Report of an investigation into the causes of the diseases known in Assam as Kála-Azár and Beri-Beri
Disease focus: Beri-Beri
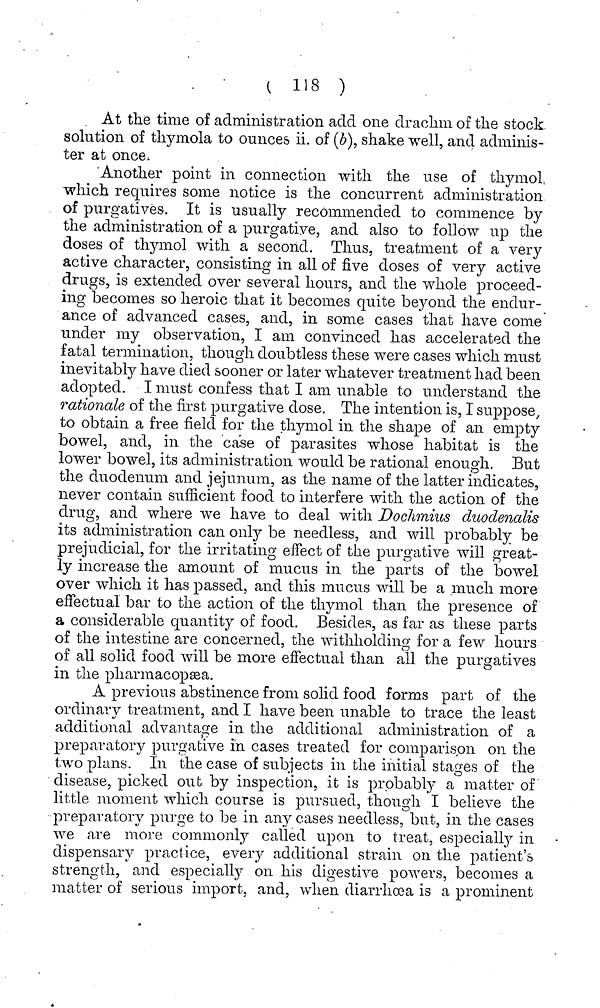
( 118 )
At the time of administration add one drachm of the stock
solution of thymola to ounces ii. of (5), shake well, and adminis-
ter at once.
Another point in connection with the use of thymol
which requires some notice is the concurrent administration
of purgatives. It is usually recommended to commence by
the administration of a purgatiye, and also to follow up the
doses of thymol with a second. Thus, treatment of a very
active character, consisting in all of five doses of very active
drugs, is extended over several hours, and the whole proceed-
ing becomes so heroic that it becomes quite beyond the endur-
ance of advanced cases, and, in some cases that have come
under my observation, I am convinced has accelerated the
fatal termination, though doubtless these were cases which must
inevitably have died sooner or later whatever treatment had been
adopted. I must confess that I am unable to understand the
rationale of the first purgative dose. The intention is, I suppose,
to obtain a free field for the thymol in the shape of an empty
bowel, and, in the case of parasites whose habitat is the
lower bowel, its administration would be rational enough. But
the duodenum and jejunum, as the name of the latter indicates,
never contain sufficient food to interfere with the action of the
drug, and where we have to deal with Doclimius duodenalis
its administration can only be needless, and will probably be
prejudicial, for the irritating effect of the purgative will great-
ly increase the amount of mucus in the parts of the bowel
over which it has passed, and this mucus will be a much more
effectual bar to the action of the thymol than the presence of
a considerable quantity of food. Besides, as far as these parts
of the intestine are concerned, the withholding for a few hours
of all solid food will be more effectual than all the purgatives
in the pharmacopsea.
A previous abstinence from solid food forms part of the
ordinary treatment, and I have been unable to trace the least
additional advantage in the additional administration of a
preparatory purgative in cases treated for comparison 011 the
two plans. In the case of subjects in the initial stages of the
disease, picked out by inspection, it is probably a matter of
little moment which course is pursued, though I believe the
preparatory purge to be in any cases needless, but, in the cases
we are more commonly called upon to treat, especially in
dispensary practice, every additional strain on the patient's
strength, and especially on his digestive powers, becomes a
matter of serious import, and, when diarrhoea is a prominent